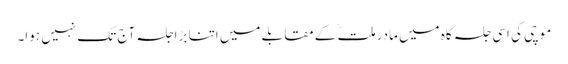
موچی کی اسی جلسہ گاہ میں مادرملتؒ کے مقابلے میں اتنا بڑاجلسہ آج تک نہیں ہوا۔